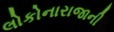
લોકોનારાજાની